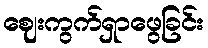
ဈေးကွက်ရှာဖွေခြင်း